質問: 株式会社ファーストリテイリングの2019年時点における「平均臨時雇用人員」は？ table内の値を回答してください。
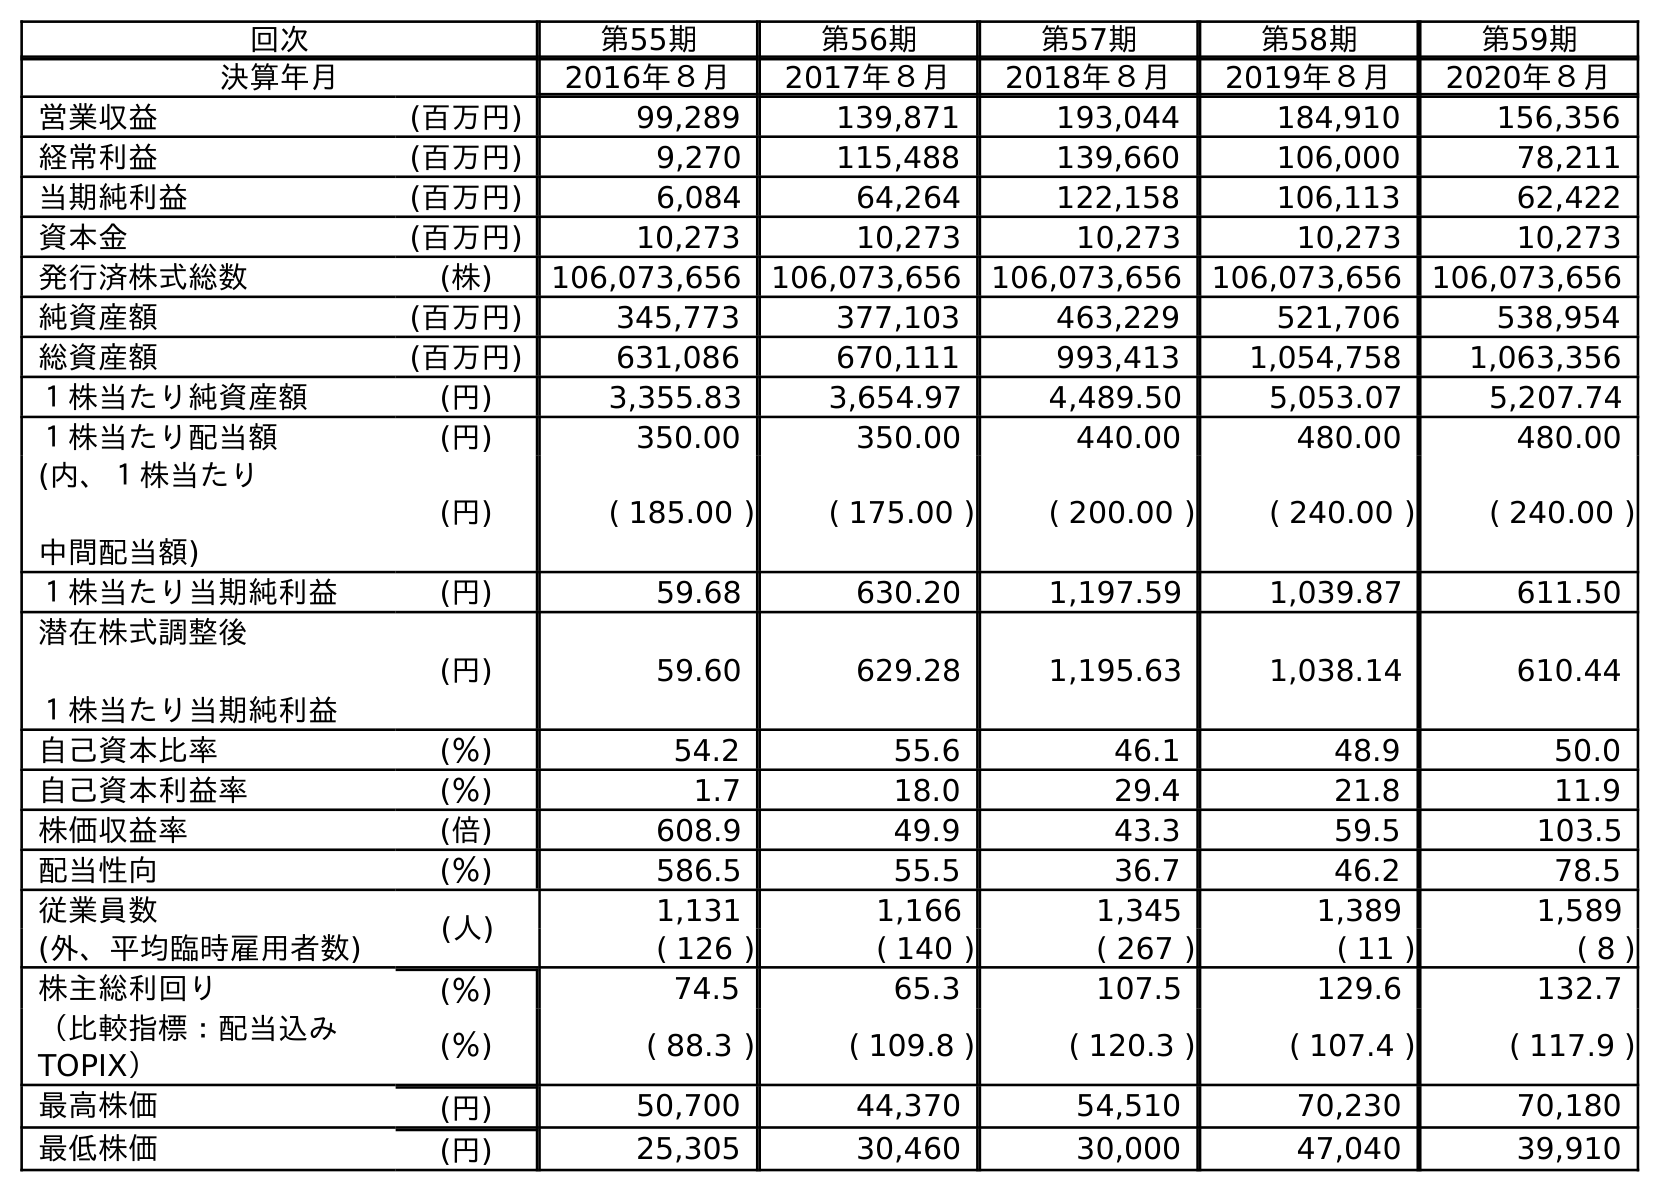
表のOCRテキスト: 回次 第55期 第56期 第57期 第58期 第59期 決算年月 2016年８月 2017年８月 2018年８月 2019年８月 2020年８月 営業収益 (百万円) 99,289 139,871 193,044 184,910 156,356 経常利益 (百万円) 9,270 115,488 139,660 106,000 78,211 当期純利益 (百万円) 6,084 64,264 122,158 106,113 62,422 資本金 (百万円) 10,273 10,273 10,273 10,273 10,273 発行済株式総数 (株) 106,073,656 106,073,656 106,073,656 106,073,656 106,073,656 純資産額 (百万円) 345,773 377,103 463,229 521,706 538,954 総資産額 (百万円) 631,086 670,111 993,413 1,054,758 1,063,356 １株当たり純資産額 (円) 3,355.83 3,654.97 4,489.50 5,053.07 5,207.74 １株当たり配当額 (円) 350.00 350.00 440.00 480.00 480.00 (内、１株当たり 中間配当額) (円) ( 185.00 ) ( 175.00 ) ( 200.00 ) ( 240.00 ) ( 240.00 ) １株当たり当期純利益 (円) 59.68 630.20 1,197.59 1,039.87 611.50 潜在株式調整後 １株当たり当期純利益 (円) 59.60 629.28 1,195.63 1,038.14 610.44 自己資本比率 (％) 54.2 55.6 46.1 48.9 50.0 自己資本利益率 (％) 1.7 18.0 29.4 21.8 11.9 株価収益率 (倍) 608.9 49.9 43.3 59.5 103.5 配当性向 (％) 586.5 55.5 36.7 46.2 78.5 従業員数 (人) 1,131 1,166 1,345 1,389 1,589 (外、平均臨時雇用者数) ( 126 ) ( 140 ) ( 267 ) ( 11 ) ( 8 ) 株主総利回り (％) 74.5 65.3 107.5 129.6 132.7 （比較指標：配当込み TOPIX） (％) ( 88.3 ) ( 109.8 ) ( 120.3 ) ( 107.4 ) ( 117.9 ) 最高株価 (円) 50,700 44,370 54,510 70,230 70,180 最低株価 (円) 25,305 30,460 30,000 47,040 39,910
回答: (11)